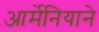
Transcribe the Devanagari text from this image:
आर्मेनियाने